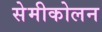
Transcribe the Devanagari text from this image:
सेमीकोलन